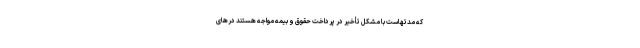
که مدتهاست با مشکل تأخیر در پرداخت حقوق و بیمه مواجه هستند در‌های